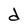
Character: d